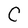
Character: C